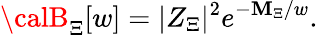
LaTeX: {\calB}_{\Xi}[w]=|Z_{\Xi}|^{2}e^{-\mathbf{M}_{\Xi}/w}.